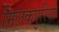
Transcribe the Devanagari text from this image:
मिलकपुरिया